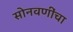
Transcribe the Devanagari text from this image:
सोनवणींचा